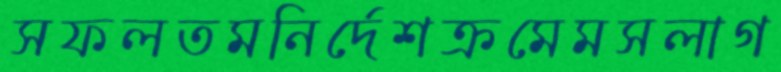
সফলতমনির্দেশক্রমেমসলাগ